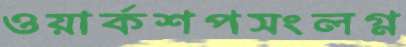
ওয়ার্কশপসংলগ্ন